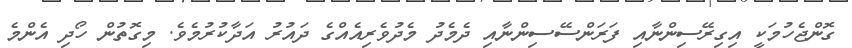
ގޮންޖެހުމަކީ އިގިރޭސިންނާއި ފަރަންސޭސިންނާއި ދެމެދު މެދުވެރިއެއްގެ ދައުރު އަދާކުރުމެވެ. މިގޮތުން ހޯދި އެންމެ